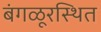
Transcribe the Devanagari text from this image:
बंगळूरस्थित